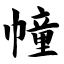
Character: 幢